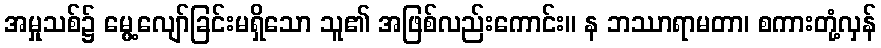
အမှုသစ်၌ မွေ့လျော်ခြင်းမရှိသော သူ၏ အဖြစ်လည်းကောင်း။ န ဘဿာရာမတာ၊ စကားတုံ့လှန်